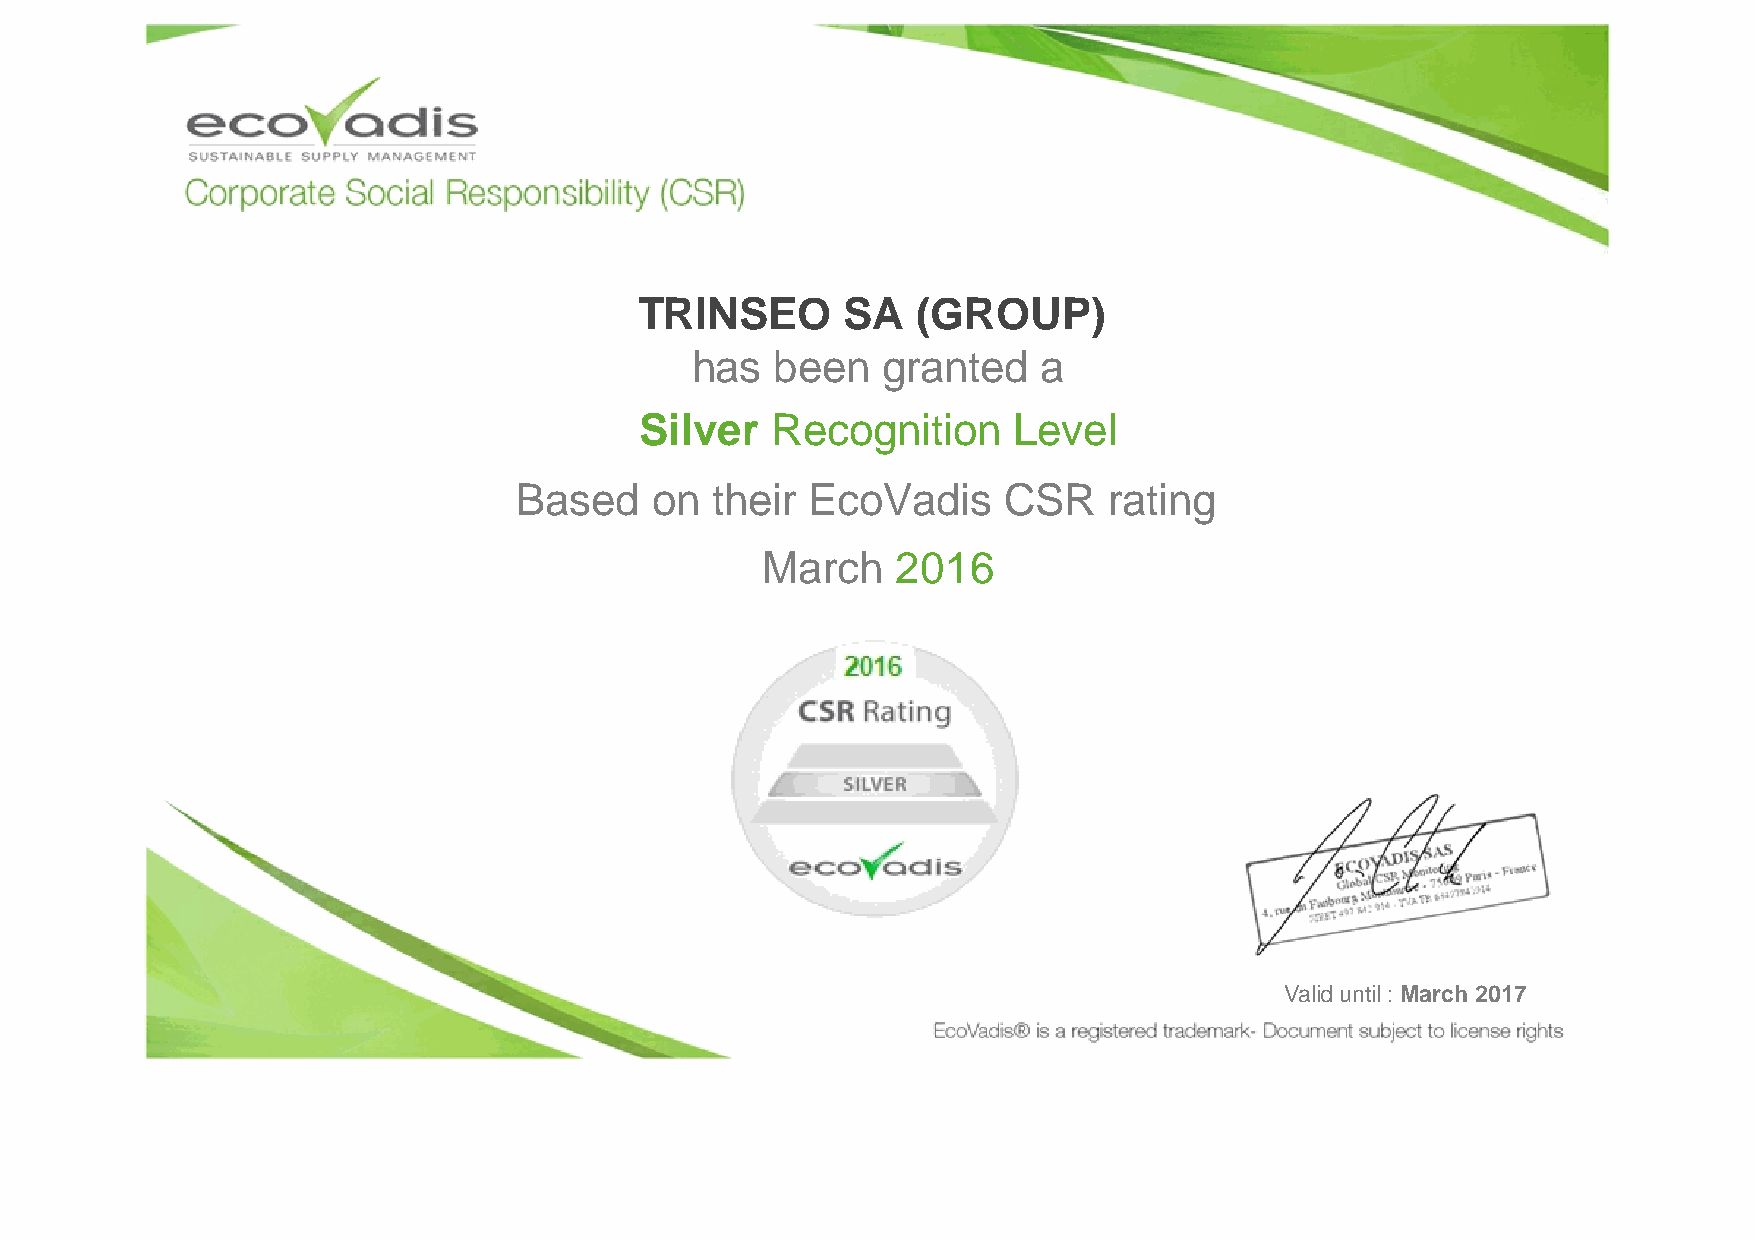
TRINSEO       SA   (GROUP)
 has  been   granted    a
 Silver   Recognition     Level
 Based    on  their EcoVadis     CSR    rating
 March    2016
 Valid until : March 2017